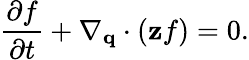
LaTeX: \frac{\partial f}{\partial t}+\nabla_{\mathbf{q}}\cdot(\mathbf{z}f)=0.